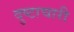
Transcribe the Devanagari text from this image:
दुष्टाचारी